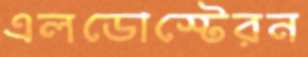
এলডোস্টেরন